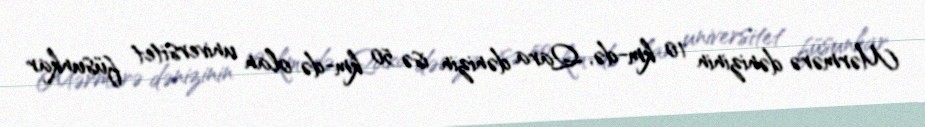
Mərmərə dənizinin 10 km-də, Qara dənizin isə 50 km-də olan universitet füsunkar